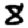
Digit: 8